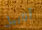
آنابيل